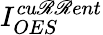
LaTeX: I_{OES}^{cu\mathscr{R}\mathscr{R}ent}